Report on the bubonic plague in Bombay, 1896-1897
Year: 1896
Disease focus: Plague
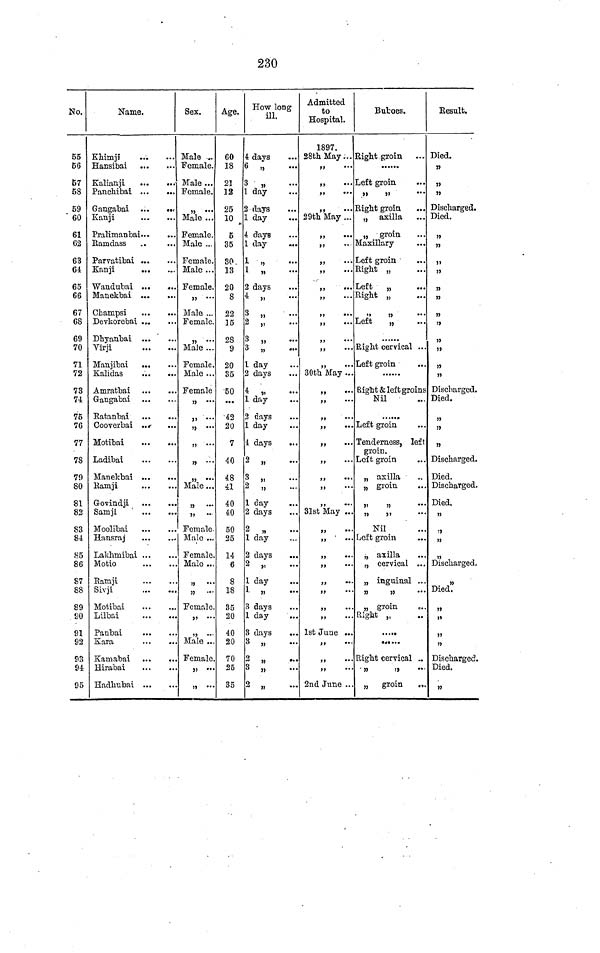
230
No.
55
56
57
58
59
60
61
62
63
61
65
66
67
68
69
70
71
72
73
74
75
76
77
78
79
80
81
82
83
84
85
86
87
88
89
90
91
92
93
91
95
Name.
Khimjf
Hansibai
Kalianji
Panchibai
Gangabai
Kanji
Pralimanbai
Ramdass
Parvatibai
Kanji
Wandubai
Manekbai
Champsi
Devkorebai
Dhyanbai
Virji
Manjibai
Kalidas
Amratbai
Gangabai
Eatanbai
Cooverbai
Motibai
Ladibai
Manekbai
Ramji
Govindji
Samji
Moolibai
Hansraj
Lakhmibai
Motio
Bamji
Sivji
Motibai
Lilbai
Panbai
Kara
Kamabai
Hirabai
Hadhnbai
...
...
...
...
...
...
..
..
...
•••
. ..
...
...
...
•••
...
...
...
...
...
...
...
...
...
....
...
...
...
...
...
...
...
...
...
...
...
...
...
...
...
...
...
...
...
...
...
...
...
• ••
...
...
...
•••
...
...
...
•••
...
...
...
...
• ••
...
...
• ••
...
...
...
...
...
• ••
...
...
...
...
...
...
...
...
...
...
...
Sex.
Male ...
Female.
Male...
Fomale.
Fomale.
Male ...
Female.
Male ...
Female.
Male...
Female.
" ...
Male ...
Female.
"
•••
Male...
Fomale.
Male ...
Female
" •••
"
•••
"
...
"
•••
"
•••
" ...
Male...
" ...
" ..
Fomalo
Male ...
Female.
Male ...
" •••
"
Female.
" ...
" ...
Male ...
Female.
" •••
" •••
Age.
60
18
21
12
25
10
5
35
30.
13
20
8
22
15
28
9
20
35
50
•••
42
20
7
40
48
41
40
40
50
25
14
6
8
18
35
20
40
20
70
25
35
How long
ill.
4 days
6 "
3 "
1 day
2 days
1 day
4 days
1 day
1 "
1 "
2 days
4 "
3 „
2 "
3 „
3 "
1 day
2 days
4 "
1 day
2 days
1 day
4 days
2 "
3 "
2 "
1 day
2 days
2 „
lday
2 days
2 "
1 day
1 „
3 days
1 day
3 days
3 "
2 "
3 "
2 "
..
...
...
...
• ••
•••
...
...
...
...
...
...
...
...
...
...
...
...
...
...
• ••
...
...
...
...
...
...
...
...
...
...
...
...
...
...
...
...
• ••
...
...
...
Admitted
to
Hospital.
1897.
28th May
"
"
" "
"
29th May
"
"
"
"
"
"
"
"
"
"
"
30th May
"
"
"
"
"
"
"
"
"
31st May
"
"
"
"
"
"
"
"
1st June
"
"
"
2nd June
...
...
...
...
...
...
••
...
...
...
...
...
...
...
...
...
...
• ••
• ••
• ••
...
• ••
•
•.
• ••
...
...
...
• •.
• ••
...
...
...
...
• ••
...
...
...
...
...
...
Buboes.
Right groin
Left groin
" "
Right groin
„ axilla
„ groin
Maxillary
Left groin
Right „
Left
"
Right „
" "
Left
,,
......
Right cervical
Left groin
......
Right & left groins
Nil
......
Left groin
Tenderness,
groin.
Left groin
„ axilla
" groin
" "
" "
" "
Nil
Left groin
,, axilla
„ cervical
„ inguinal
" "
" groin
Right „
.....
......
Right cervical
." "
"
groin
• ••
...
...
...
...
...
...
...
...
...
• ••
...
• ••
...
...
un
...
...
left
• ••
..
...
...
...
...
...
...
...
...
...
...
...
...
...
Result.
Died.
"
"
"
Discharged.
Died.
"
"
"
"
"
"
"
"
"
"
"
"
Discharged.
Died.
"
"
"
Discharged.
Died.
Discharged.
Died.
"
"
"
"
Discharged.
"
Died.
"
"
"
"
Discharged.
Died.
"